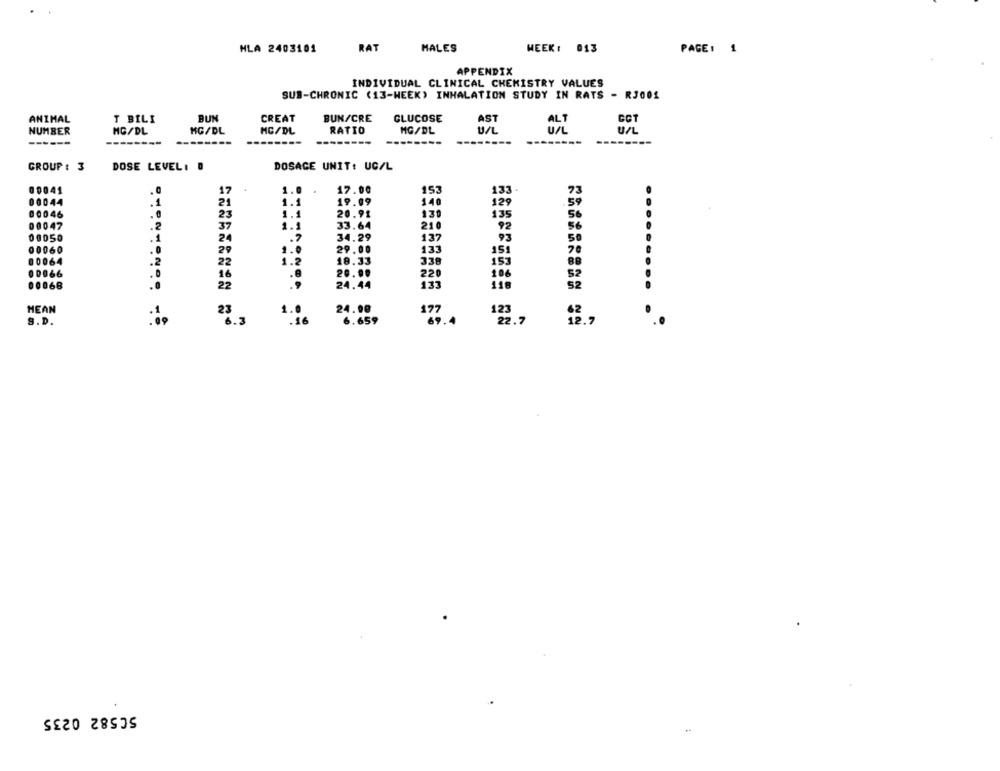
HLA 2403101
RAT
HALES
WEEK : 013
PAGE: 1
APPENDIX
INDIVIDUAL CLINICAL CHEMISTRY VALUES
SUB-CHRONIC (13-WEEK) INHALATION STUDY IN RATS - RJ001
ANIMAL
T BILI
BUN
CREAT
BUN/CRE
GLUCOSE
AST
CCT
NUMBER
MG/DL
MG/DL
HC/DL
RATIO
MG/DL
U/L
---
GROUP : 3
DOSE LEVEL: D
DOSAGE UNIT: UC/L
00041
1
1.0 .
17.00
153
133.
73
.1
1.1
19.09
00044
2
140
129
59
00046
..
23
1.1
20.91
130
135
56
33.64
210
00047
.2
37
1.1
92
56
00050
.1
24
.7
34.29
137
93
50
133
00060
.0
29
1.0
29.00
151
70
00064
.2
1.2
18.33
153
22
338
00066
16
.8
220
106
52
00068
.0
22
.9
24.44
133
118
52
HEAN
24.00
23
177
123
S.D.
6.659
69.4
50582 0235